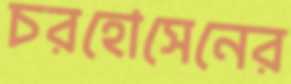
চরহোসেনের